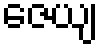
ဇေယျ